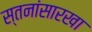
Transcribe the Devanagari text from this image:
स्तनांसारखा